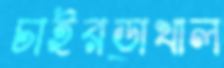
চাইরডাখাল